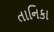
તાનિકા